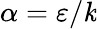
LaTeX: \alpha=\varepsilon/\mathit{k}